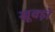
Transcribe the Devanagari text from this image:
खूक्ड़ो